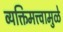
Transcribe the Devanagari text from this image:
व्यक्तिमत्त्वामुळे